Vabadussoja_Ajaloo_Komitee, lk 48
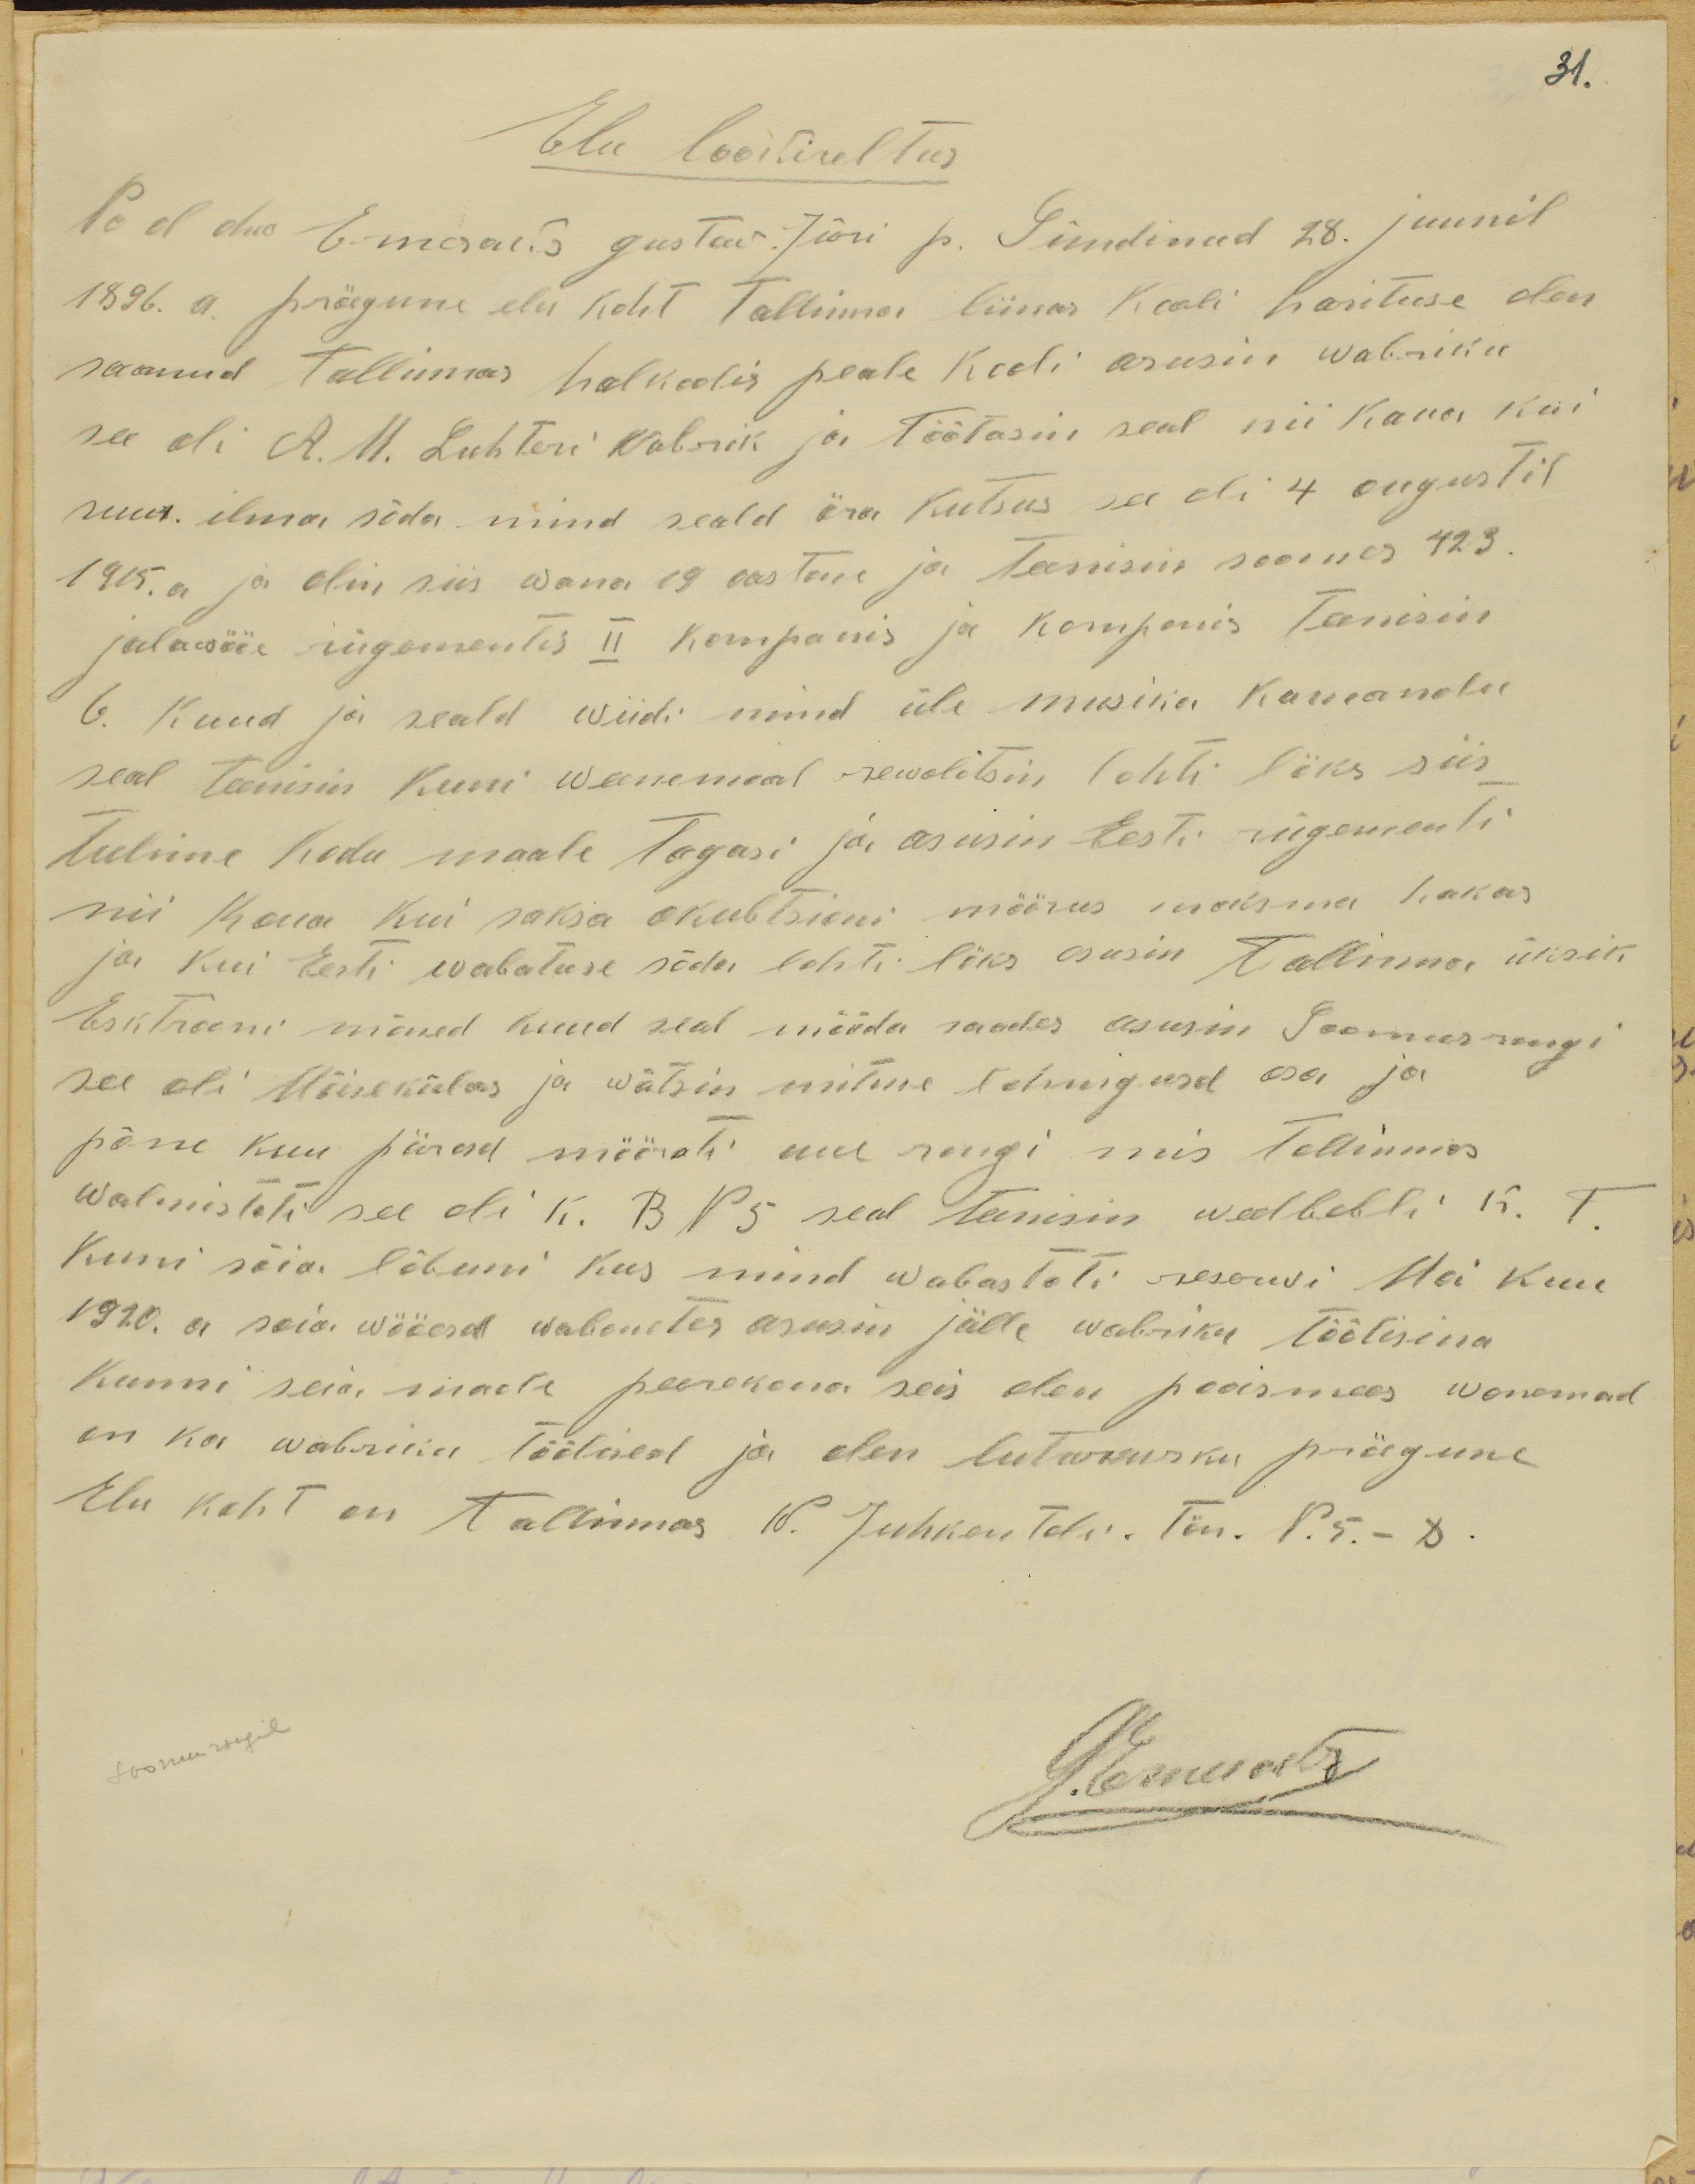
31.
Elu lookireltus
No al ohv Emann Gustav Jüri p. Sündinud 28 juunil
1896. a. präegune elu koht Tallinna liinas Kooli harituse olen
saanud Tallinnas halkoolis peale koli asusin wabriku
see oil A. M. Lutheri wabrik ja töötasin seal nii kaua kuni
suur ilma sõda mind seald ära kutsus see oli 4 augustil
1915. a ja olin siis wana 19 aastane ja teenisin soomes 423.
jalawääe rügementis II kompanis ja kompanis teenisin
6. kuud ja seald wiidi mind üle masina komanodu
seal teenisin kuni wenemaal rewolutsin lahti läks siis
tulime kodu maale tagasi ja asusin Eesti rügementi
nii kaua kuni saksa okubtsioni määrus maksma hakas
ja kui Eesti wabatuse sõda lahti läks asusin Tallinna üksik
Esktrooni mõned kuud seal mööda saades asusin Soomusrongi
see oli Wiirekülas ja wõtsin mitme lahingusd osa ja
põne kuu pärasd määrati uue rongi mis Tallinnas
valmistati see oli K. R N 5 seal teenisin weelbebli K. T.
Kuni sõia lõbuni kus mind wabastati reservi. Mai kuu
1920. a sõia wääosa wabanetes asusin jälle wabriku töölisena
kunni seia maale peerekona seis olen pooismees wanemad
on ka wabriku töölised ja olen luteriusku prägune
Elu koht on Tallinnas W. Juhkentali tän P. 5.-8.
Soomusrongil
GEmann